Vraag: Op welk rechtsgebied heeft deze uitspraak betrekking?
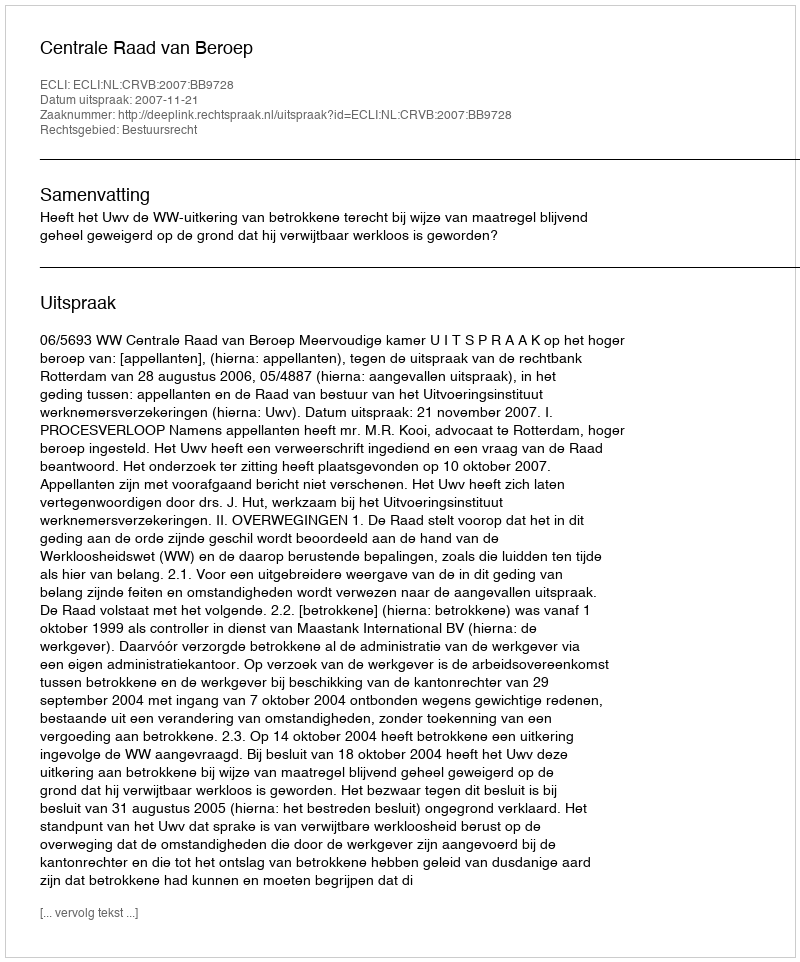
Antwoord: Bestuursrecht